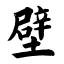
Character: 壁